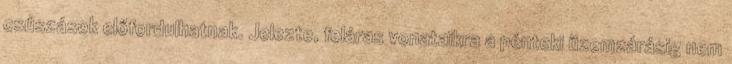
csúszások előfordulhatnak. Jelezte, feláras vonataikra a pénteki üzemzárásig nem